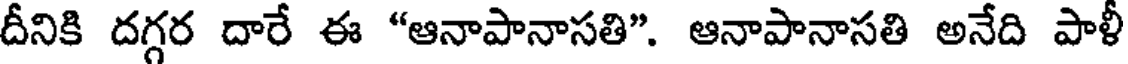
దీనికి దగ్గర దారే ఈ "ఆనాపానాసతి". ఆనాపానాసతి అనేది పాళీ